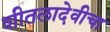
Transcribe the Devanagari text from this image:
शीतलादेवीचा